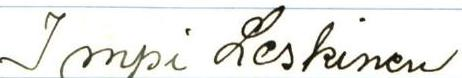
Impi Leskinen